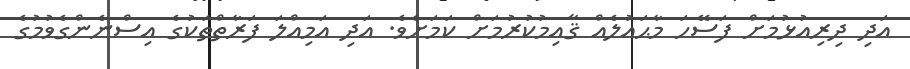
އަދި ދިރިއުޅުމަށް ފަސޭހަ މާޙައުލެއް ޤާއިމުކުރުމަށް ކަމަށެވެ. އަދި އަމިއްލަ ފަރާތްތަކުގެ އިސްނެންގެވުމުގެ